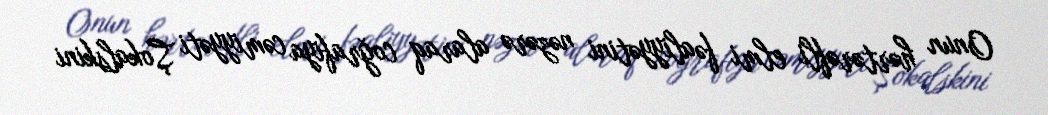
Onun hərtərəfli elmi fəaliyyətini nəzərə alaraq coğrafiya cəmiyyəti Şokalskini